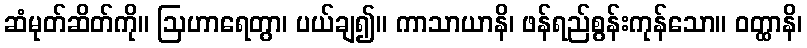
ဆံမုတ်ဆိတ်ကို။ ဩဟာရေတွာ၊ ပယ်ချ၍။ ကာသာယာနိ၊ ဖန်ရည်စွန်းကုန်သော။ ဝတ္ထာနိ၊